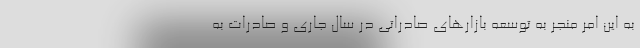
به این امر منجر به توسعه بازارهای صادراتی در سال جاری و صادرات به